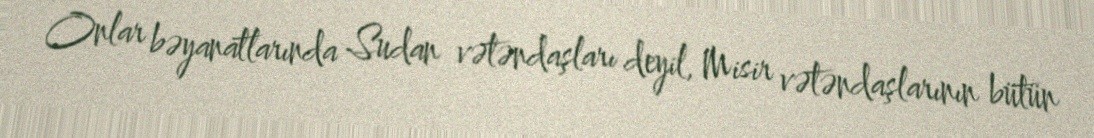
Onlar bəyanatlarında Sudan vətəndaşları deyil, Misir vətəndaşlarının bütün